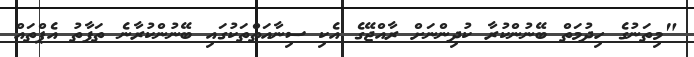
"މިތަނުގެ ހިދުމަތް ބޭނުންކުރާ ކުދިންނަށް ރާއްޖޭގެ އެކި ސިނާއަތްތަކުގައި ބޭނުންކުރާނެ ތަފާތު އެޕްތައް